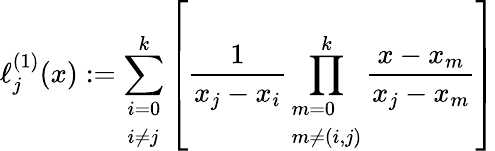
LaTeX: \ell_{j}^{(1)}(x):=\sum_{\begin{array}{l}{i=0}\\ {i\not=j}\end{array}}^{k}\left[{\frac{1}{x_{j}-x_{i}}}\prod_{\begin{array}{l}{m=0}\\ {m\not=(i,j)}\end{array}}^{k}{\frac{x-x_{m}}{x_{j}-x_{m}}}\right]